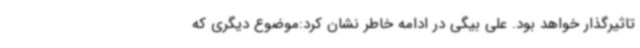
تاثیرگذار خواهد بود. علی بیگی در ادامه خاطر نشان کرد:موضوع دیگری که